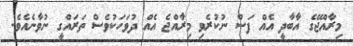
މިރާއްޖޭގެ އާބާދީ އެއް ފަސް ނުކުރެވި މިރާއްޖެ އެއް ދުވަހަކުވެސް ތަަރައްގީ ނުވާނެއެވެ.